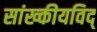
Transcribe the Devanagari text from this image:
सांख्कीयविद्